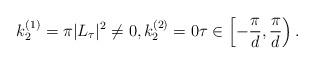
LaTeX: \begin{align*}k_2^{(1)}=\pi|L_\tau|^2\not=0,k_2^{(2)}=0\tau\in\left[-\frac{\pi}{d},\frac{\pi}{d}\right).\end{align*}